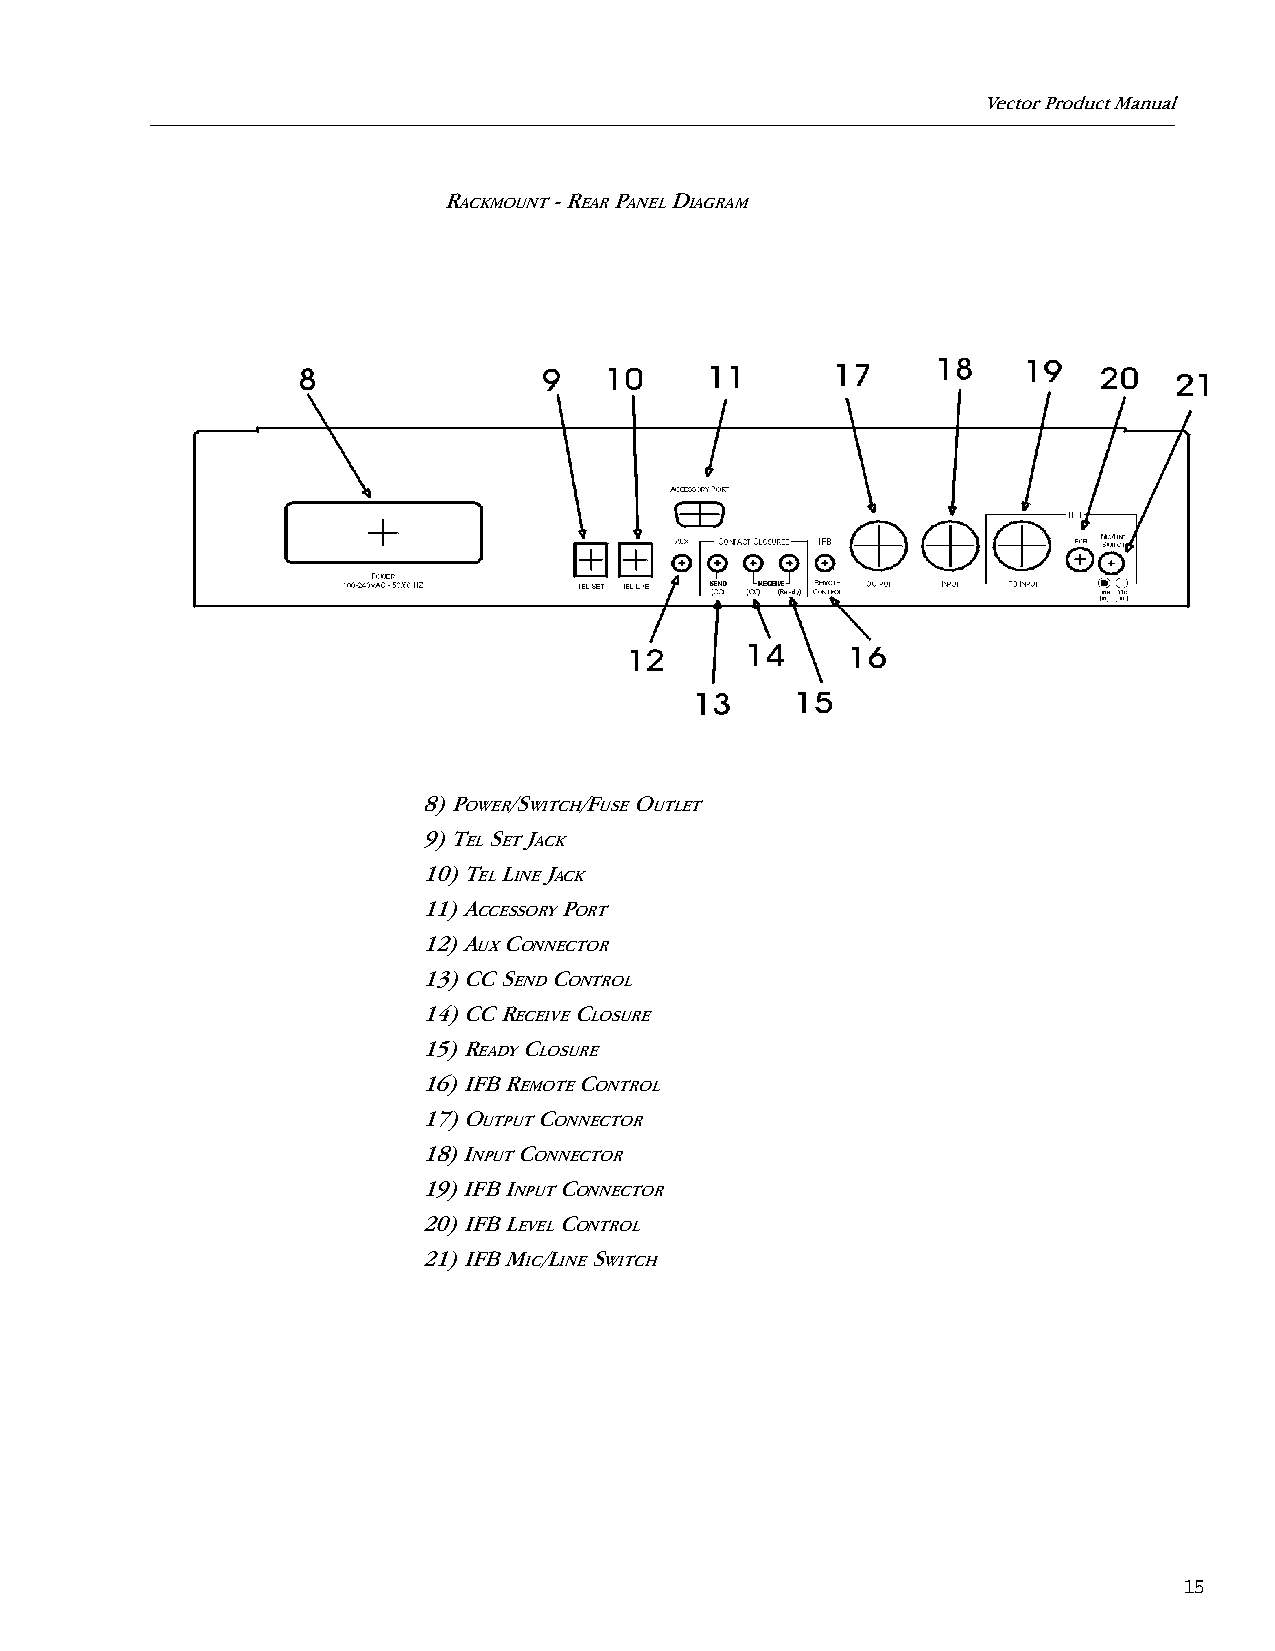
Vector Product Manual
 R       - R P  D
 ACKMOUNT EAR ANEL IAGRAM
 8) P  /S  /F  O
 OWER WITCH USE UTLET
 9) T S J
 EL ET ACK
 10) T L J
 EL INE ACK
 11) A    P
 CCESSORY ORT
 12) A C
 UX ONNECTOR
 13) CC S C
 END ONTROL
 14) CC R  C
 ECEIVE LOSURE
 15) R  C
 EADY LOSURE
 16) IFB R C
 EMOTE ONTROL
 17) O   C
 UTPUT ONNECTOR
 18) I C
 NPUT ONNECTOR
 19) IFB I C
 NPUT ONNECTOR
 20) IFB L C
 EVEL ONTROL
 21) IFB M /L S
 IC INE WITCH
 15